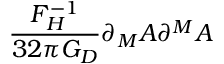
\frac { F _ { H } ^ { - 1 } } { 3 2 \pi G _ { D } } \partial _ { M } A \partial ^ { M } A